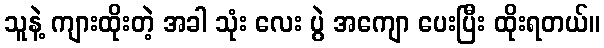
သူနဲ့ ကျားထိုးတဲ့ အခါ သုံး လေး ပွဲ အကျော ပေးပြီး ထိုးရတယ်။